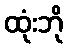
ထုံးဘို